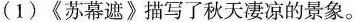
(1)《苏幕遮》描写了秋天凄凉的景象。